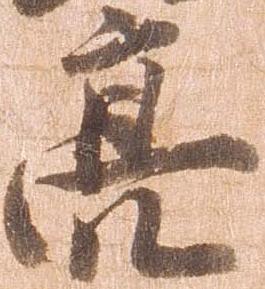
亮